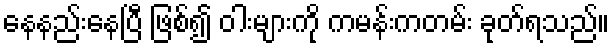
နေနည်းနေပြီ ဖြစ်၍ ဝါးများကို ကမန်းကတမ်း ခုတ်ရသည်။